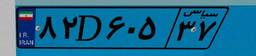
۸۲D۶۰۵۳۷